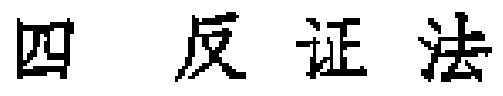
四 反证法